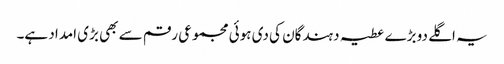
یہ اگلے دو بڑے عطیہ دہندگان کی دی ہوئی مجموعی رقم سے بھی بڑی امداد ہے۔